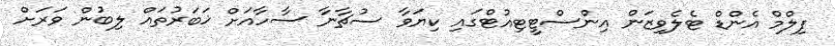
ފިލްމް އެންޑް ޓެލެވިޒަން އިންސްޓީޓިއުޓްގައި ކިޔަވާ ސުޗާނާ ސާހާއަށް ޚަބަރުތައް ލިބުން ވަރަށް